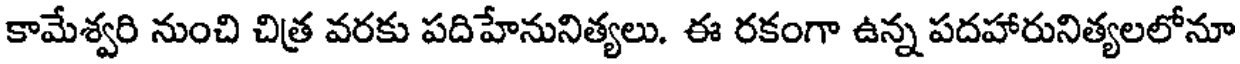
కామేశ్వరి నుంచి చిత్ర వరకు పదిహేనునిత్యలు. ఈ రకంగా ఉన్న పదహారునిత్యలలోనూ